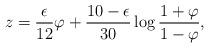
LaTeX: \begin{align*}z={\epsilon\over 12}\varphi + {10-\epsilon\over 30}\log{1+\varphi\over 1-\varphi},\end{align*}